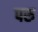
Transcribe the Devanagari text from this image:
परु